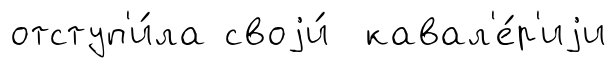
отступ'и́ла своjи́ кавал'е́р'иjи